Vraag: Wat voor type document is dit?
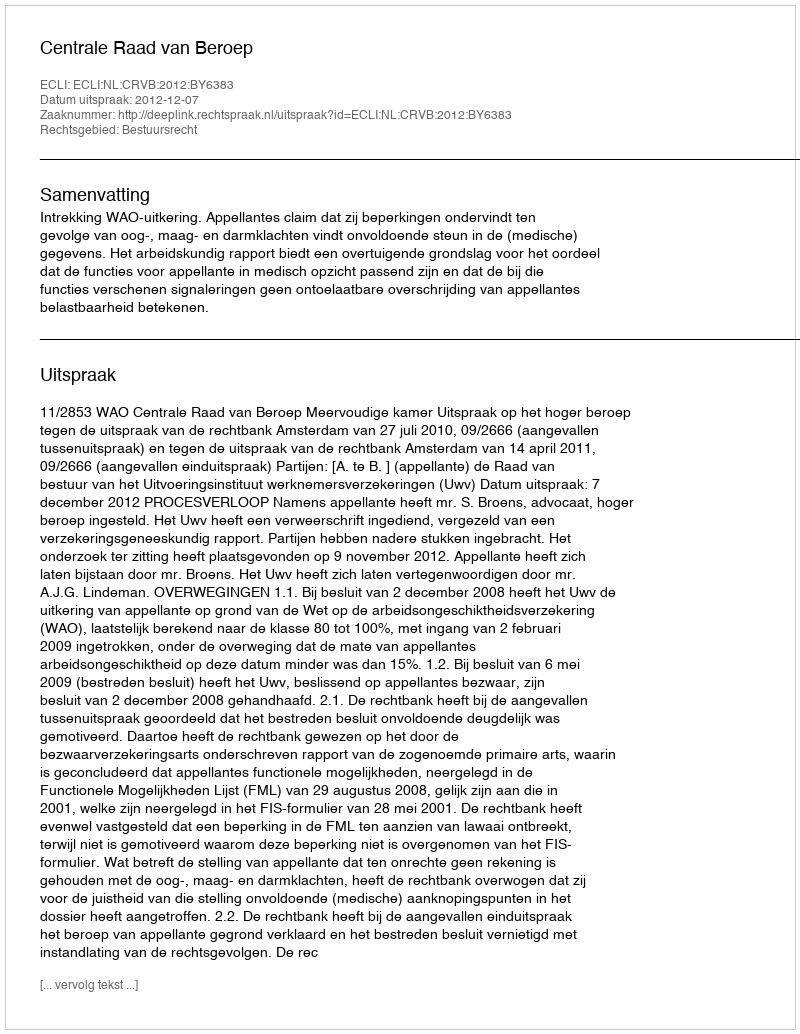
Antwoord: Uitspraak